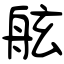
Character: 舷